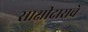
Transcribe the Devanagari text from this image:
साक्षीदाराचे